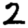
Digit: 2